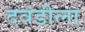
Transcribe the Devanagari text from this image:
दवंडीला